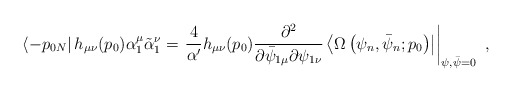
\begin{align*}\left\langle -p_{0N}\right|h_{\mu\nu}(p_{0}) \alpha_{1}^{\mu}\tilde{\alpha}^{\nu}_{1}= \left. \frac{4}{\alpha'}h_{\mu\nu}(p_{0}) \frac{\partial^{2}}{\partial \bar{\psi}_{1\mu}\partial \psi_{1\nu}} \left\langle \Omega \left(\psi_{n},\bar{\psi}_{n};p_{0}\right) \right| \right|_{\psi,\bar{\psi}=0}~, \end{align*}